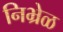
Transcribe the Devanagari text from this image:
निभ्रेळ